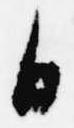
日